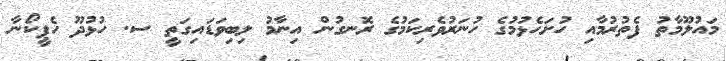
މައުލޫމާތު ފެތުރުމާއި ހުށަހެޅުމުގެ ހުނަރުވެރިކަމުގެ ރޮނގުން އިނާމު ލިބިވަޑައިގަތީ ސ. ހުޅުދޫ ހެޕީކޯނާ